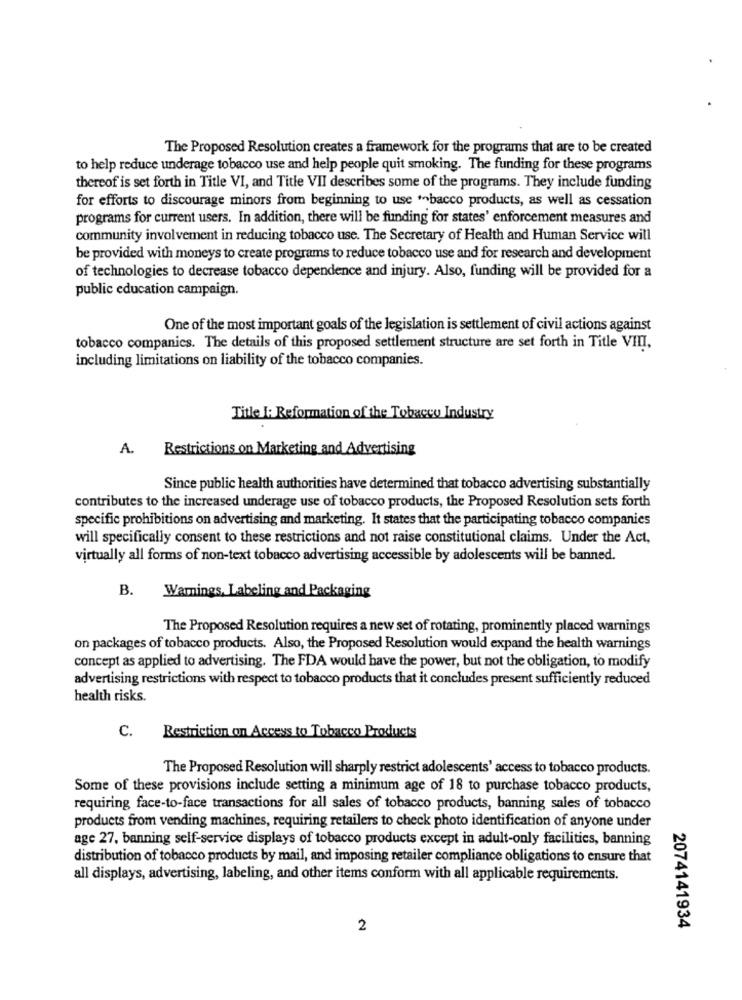
The Proposed Resolution creates a framework for the programs that are to be created
to help reduce underage tobacco use and help people quit smoking. The funding for these programs
thereof is set forth in Title VI, and Title VII describes some of the programs. They include funding
for efforts to discourage minors from beginning to use "bacco products, as well as cessation
programs for current users. In addition, there will be funding for states' enforcement measures and
community involvement in reducing tobacco use. The Secretary of Health and Human Service will
be provided with moneys to create programs to reduce tobacco use and for research and development
of technologies to decrease tobacco dependence and injury. Also, funding will be provided for a
public education campaign.
One of the most important goals of the legislation is settlement of civil actions against
tobacco companies. The details of this proposed settlement structure are set forth in Title VIII,
including limitations on liability of the tobacco companies.
Title I: Reformation of the Tobacco Industry
A.
Restrictions on Marketing and Advertising
Since public health authorities have determined that tobacco advertising substantially
contributes to the increased underage use of tobacco products, the Proposed Resolution sets forth
specific prohibitions on advertising and marketing. It states that the participating tobacco companies
will specifically consent to these restrictions and not raise constitutional claims. Under the Act,
virtually all forms of non-text tobacco advertising accessible by adolescents will be banned.
B. Warnings, Labeling and Packaging
The Proposed Resolution requires a new set of rotating, prominently placed warnings
on packages of tobacco products. Also, the Proposed Resolution would expand the health warnings
concept as applied to advertising. The FDA would have the power, but not the obligation, to modify
advertising restrictions with respect to tobacco products that it concludes present sufficiently reduced
health risks.
C. Restriction on Access to Tobacco Products
The Proposed Resolution will sharply restrict adolescents' access to tobacco products.
Some of these provisions include setting a minimum age of 18 to purchase tobacco products,
requiring face-to-face transactions for all sales of tobacco products, banning sales of tobacco
products from vending machines, requiring retailers to check photo identification of anyone under
age 27. banning self-service displays of tobacco products except in adult-only facilities, banning
distribution of tobacco products by mail, and imposing retailer compliance obligations to ensure that
all displays, advertising, labeling, and other items conform with all applicable requirements.
2
2074141934